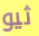
ثيو